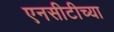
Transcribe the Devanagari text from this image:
एनसीटीच्या